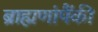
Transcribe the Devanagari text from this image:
ब्राह्मणांपैंकी